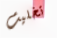
تخليت